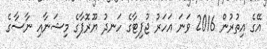
އޭގެ އިތުރުން 2016 ވަނަ އަހަރު ޖުޕިޓާގެ ހަނދު ޔޫރޮޕާގެ މިޝަނާއި ނާސާގެ